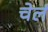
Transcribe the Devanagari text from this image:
चेलं